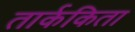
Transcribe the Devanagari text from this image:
तार्ककिता